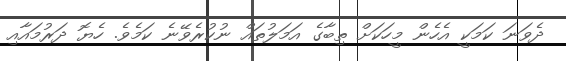
ދެވަނަ ކަމަކީ އެހެން މީހަކަށް ތިބާގެ އަމަލުތައް ނުކުރެވޭނެ ކަމެވެ. ހެޔޮ ދަރުމައާއި